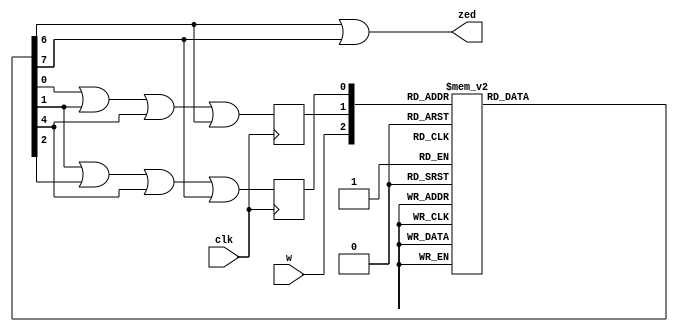
`timescale 1ns / 1ps
//////////////////////////////////////////////////////////////////////////////////
// Company: 
// Engineer: 
// 
// Design Name: 
// Module Name: seq2
// Project Name: 
// Target Devices: 
// Tool Versions: 
// Description: 
// 
// Dependencies: 
// 
// Revision:
// Revision 0.01 - File Created
// Additional Comments:
// 
//////////////////////////////////////////////////////////////////////////////////


module seq2
    (
        input       clk,
        input       w,
        output      zed
    );

    reg [7:0] out = 8'h00;
    
    wire Y2, Y1;
    reg y2, y1;

    assign zed = out[6] | out[7];   
    assign Y2 = out[0] | out[1] | out[4] | out[6];
    assign Y1 = out[1] | out[2] | out[4] | out[7];

    always @(w, y2, y1) begin
        case ({w, y2, y1})
            3'b000  : out <= 8'b00000001;
            3'b001  : out <= 8'b00000010;
            3'b010  : out <= 8'b00000100;
            3'b011  : out <= 8'b00001000;
            3'b100  : out <= 8'b00010000;
            3'b101  : out <= 8'b00100000;
            3'b110  : out <= 8'b01000000;
            3'b111  : out <= 8'b10000000;
        endcase
	end

    always @(posedge clk) begin
        y2 <= Y2;
        y1 <= Y1;
    end

endmodule